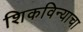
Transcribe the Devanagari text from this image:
शिकविन्याचा